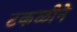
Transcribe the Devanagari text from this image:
टकळीने